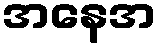
အနေအ